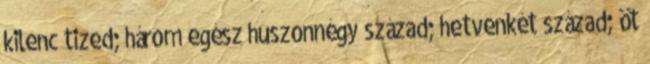
kilenc tized; három egész huszonnégy század; hetvenkét század; öt